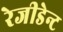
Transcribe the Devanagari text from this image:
रेजीडेन्ट